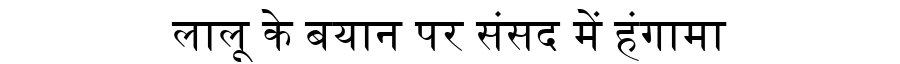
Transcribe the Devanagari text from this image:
लालू के बयान पर संसद में हंगामा